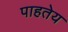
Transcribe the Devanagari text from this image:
पाहतेय